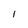
Character: 1